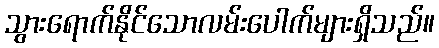
သွားရောက်နိုင်သောလမ်းပေါက်များရှိသည်။